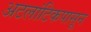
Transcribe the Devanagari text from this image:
अटलांटिकपासून